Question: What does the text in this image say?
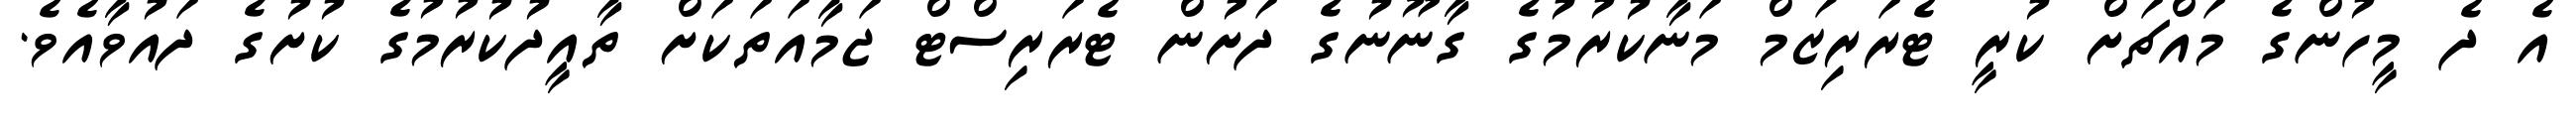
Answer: އެ ދެ މީހުންގެ މައްޗަށް ކުރީ ޓެރަރިޒަމް މަނާކުރުމުގެ ގާނޫނުގެ ދަށުން ޓެރަރިސްޓް ޖަމާއަތަކަށް ތާއީދުކުރުމުގެ ކުށުގެ ދައުވާއެވެ.